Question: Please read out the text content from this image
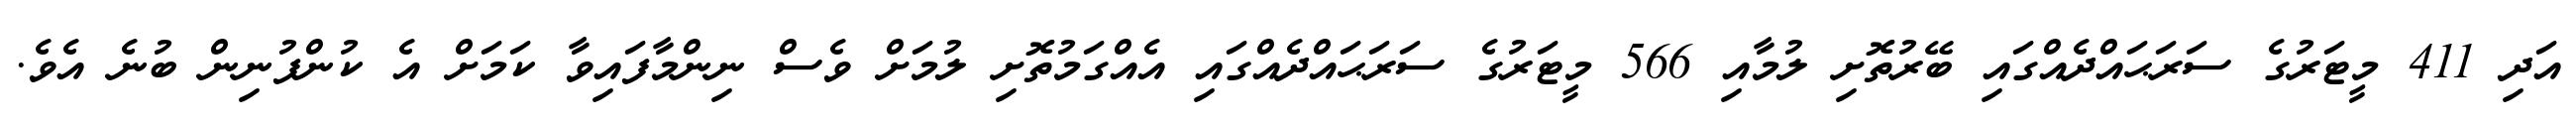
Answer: އަދި 411 މީޓަރުގެ ސަރަޙައްދެއްގައި ބޭރުތޮށި ލުމާއި 566 މީޓަރުގެ ސަރަޙައްދެއްގައި އެއްގަމުތޮށި ލުމަށް ވެސް ނިންމާފައިވާ ކަމަށް އެ ކުންފުނިން ބުނެ އެވެ.